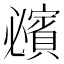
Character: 𧸈